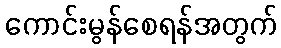
ကောင်းမွန်စေရန်အတွက်